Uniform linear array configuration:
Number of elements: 12
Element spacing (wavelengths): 0.25
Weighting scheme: cosine
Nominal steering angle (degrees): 60
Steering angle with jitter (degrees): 58.692
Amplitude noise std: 0.05
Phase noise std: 0.05

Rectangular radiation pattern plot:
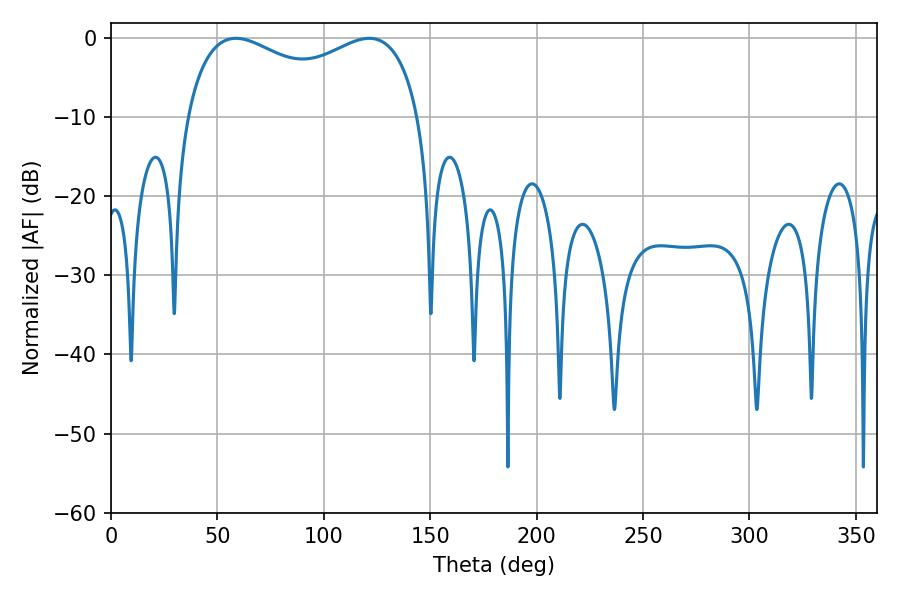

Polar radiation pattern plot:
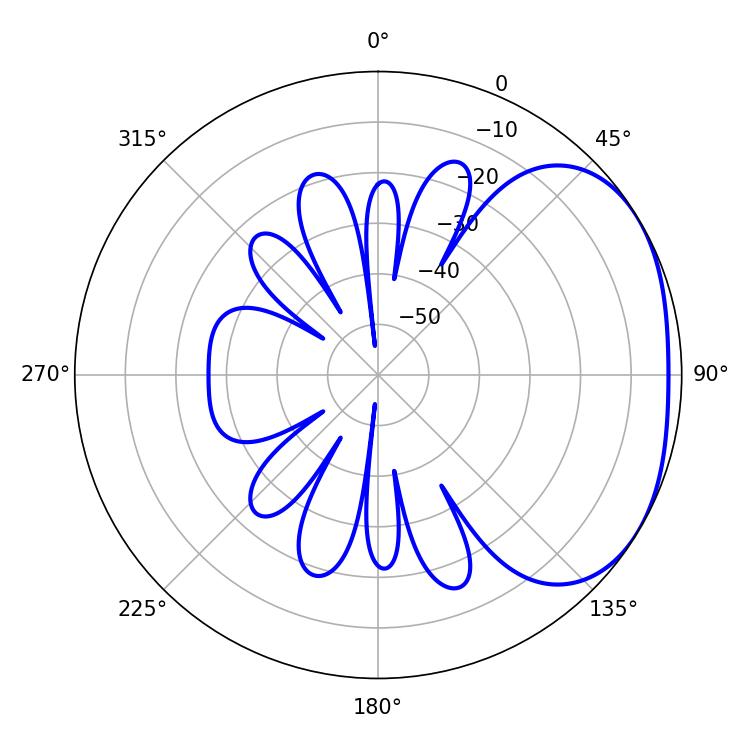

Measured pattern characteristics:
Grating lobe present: FALSE
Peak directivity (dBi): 2.401
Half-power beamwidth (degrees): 91.08
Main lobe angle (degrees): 58.68